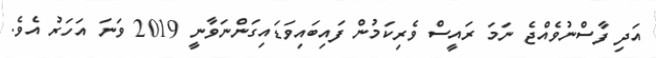
އަދި ފާސްނުވެއްޖެ ނަމަ ރައީސް ވެރިކަމުން ފައިބައިވަޑައިގަންނަވާނީ 2019 ވަނަ އަހަރު އެވެ.